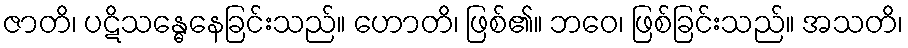
ဇာတိ၊ ပဋိသန္ဓေနေခြင်းသည်။ ဟောတိ၊ ဖြစ်၏။ ဘဝေ၊ ဖြစ်ခြင်းသည်။ အသတိ၊